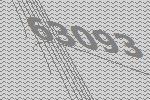
63093